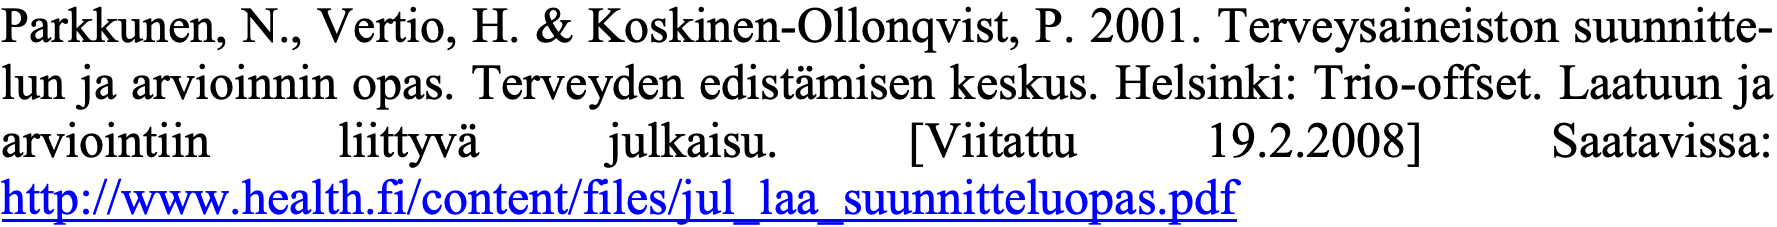
Parkkunen, N., Vertio, H. & Koskinen-Ollonqvist, P. 2001. Terveysaineiston suunnitte- lun ja arvioinnin opas. Terveyden edistämisen keskus. Helsinki: Trio-offset. Laatuun ja arviointiin liittyvä julkaisu. [Viitattu 19.2.2008] Saatavissa: http://www.health.fi/content/files/jul_laa_suunnitteluopas.pdf